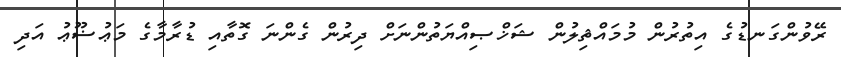
ރޭވުންގަނޑުގެ އިތުރުން މުމައްޘިލުން ޝަޚްޞިއްޔަތުންނަށް ދިރުން ގެންނަ ގޮތާއި ޑުރާމާގެ މަޢުޟޫޢު އަދި